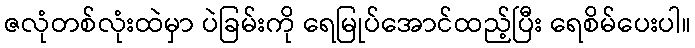
ဇလုံတစ်လုံးထဲမှာ ပဲခြမ်းကို ရေမြုပ်အောင်ထည့်ပြီး ရေစိမ်ပေးပါ။